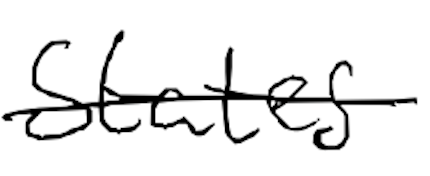
Text: States
Cross-out: single-line
Writing tool: digital_black